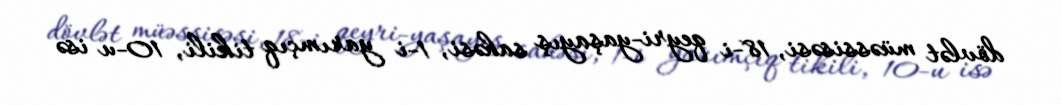
dövlət müəssisəsi, 18-i qeyri-yaşayış sahəsi, 1-i yarımçıq tikili, 10-u isə